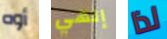
أوه إلهي لذا